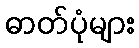
ဓာတ်ပုံများ